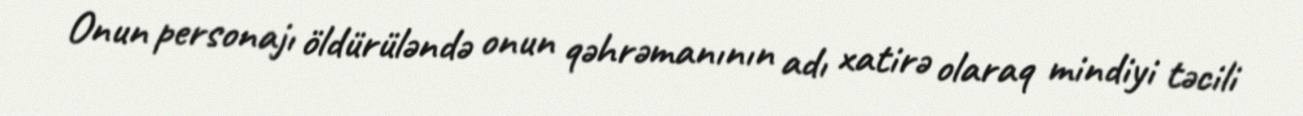
Onun personajı öldürüləndə onun qəhrəmanının adı xatirə olaraq mindiyi təcili